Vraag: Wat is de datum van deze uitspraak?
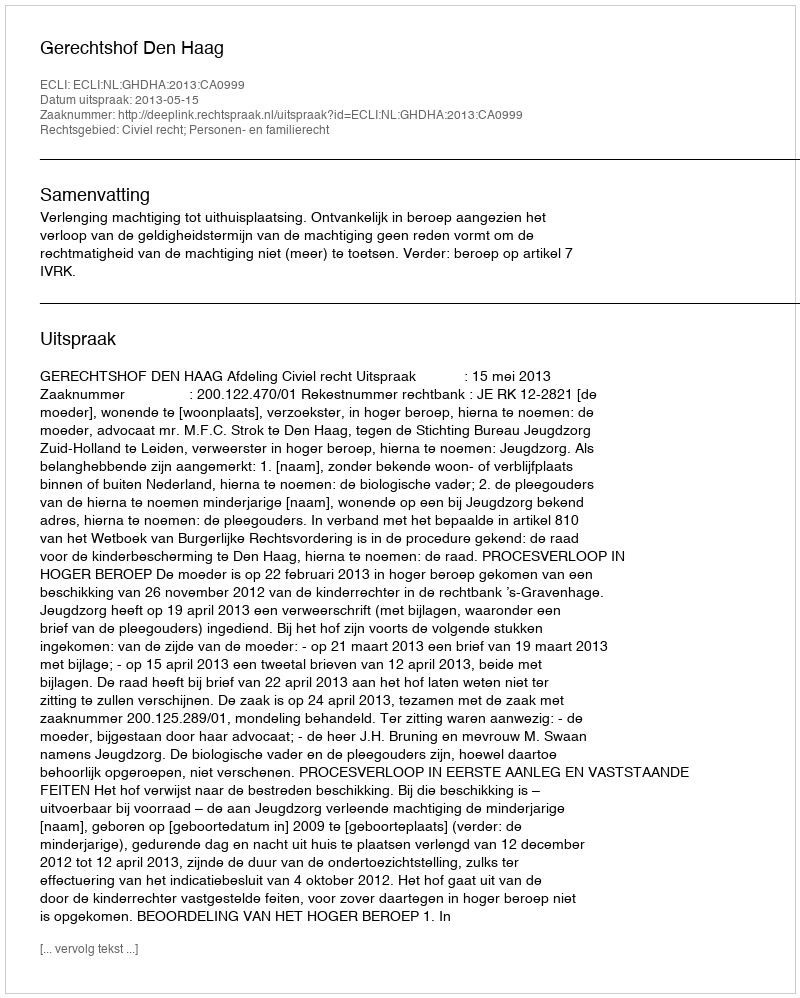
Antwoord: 2013-05-15